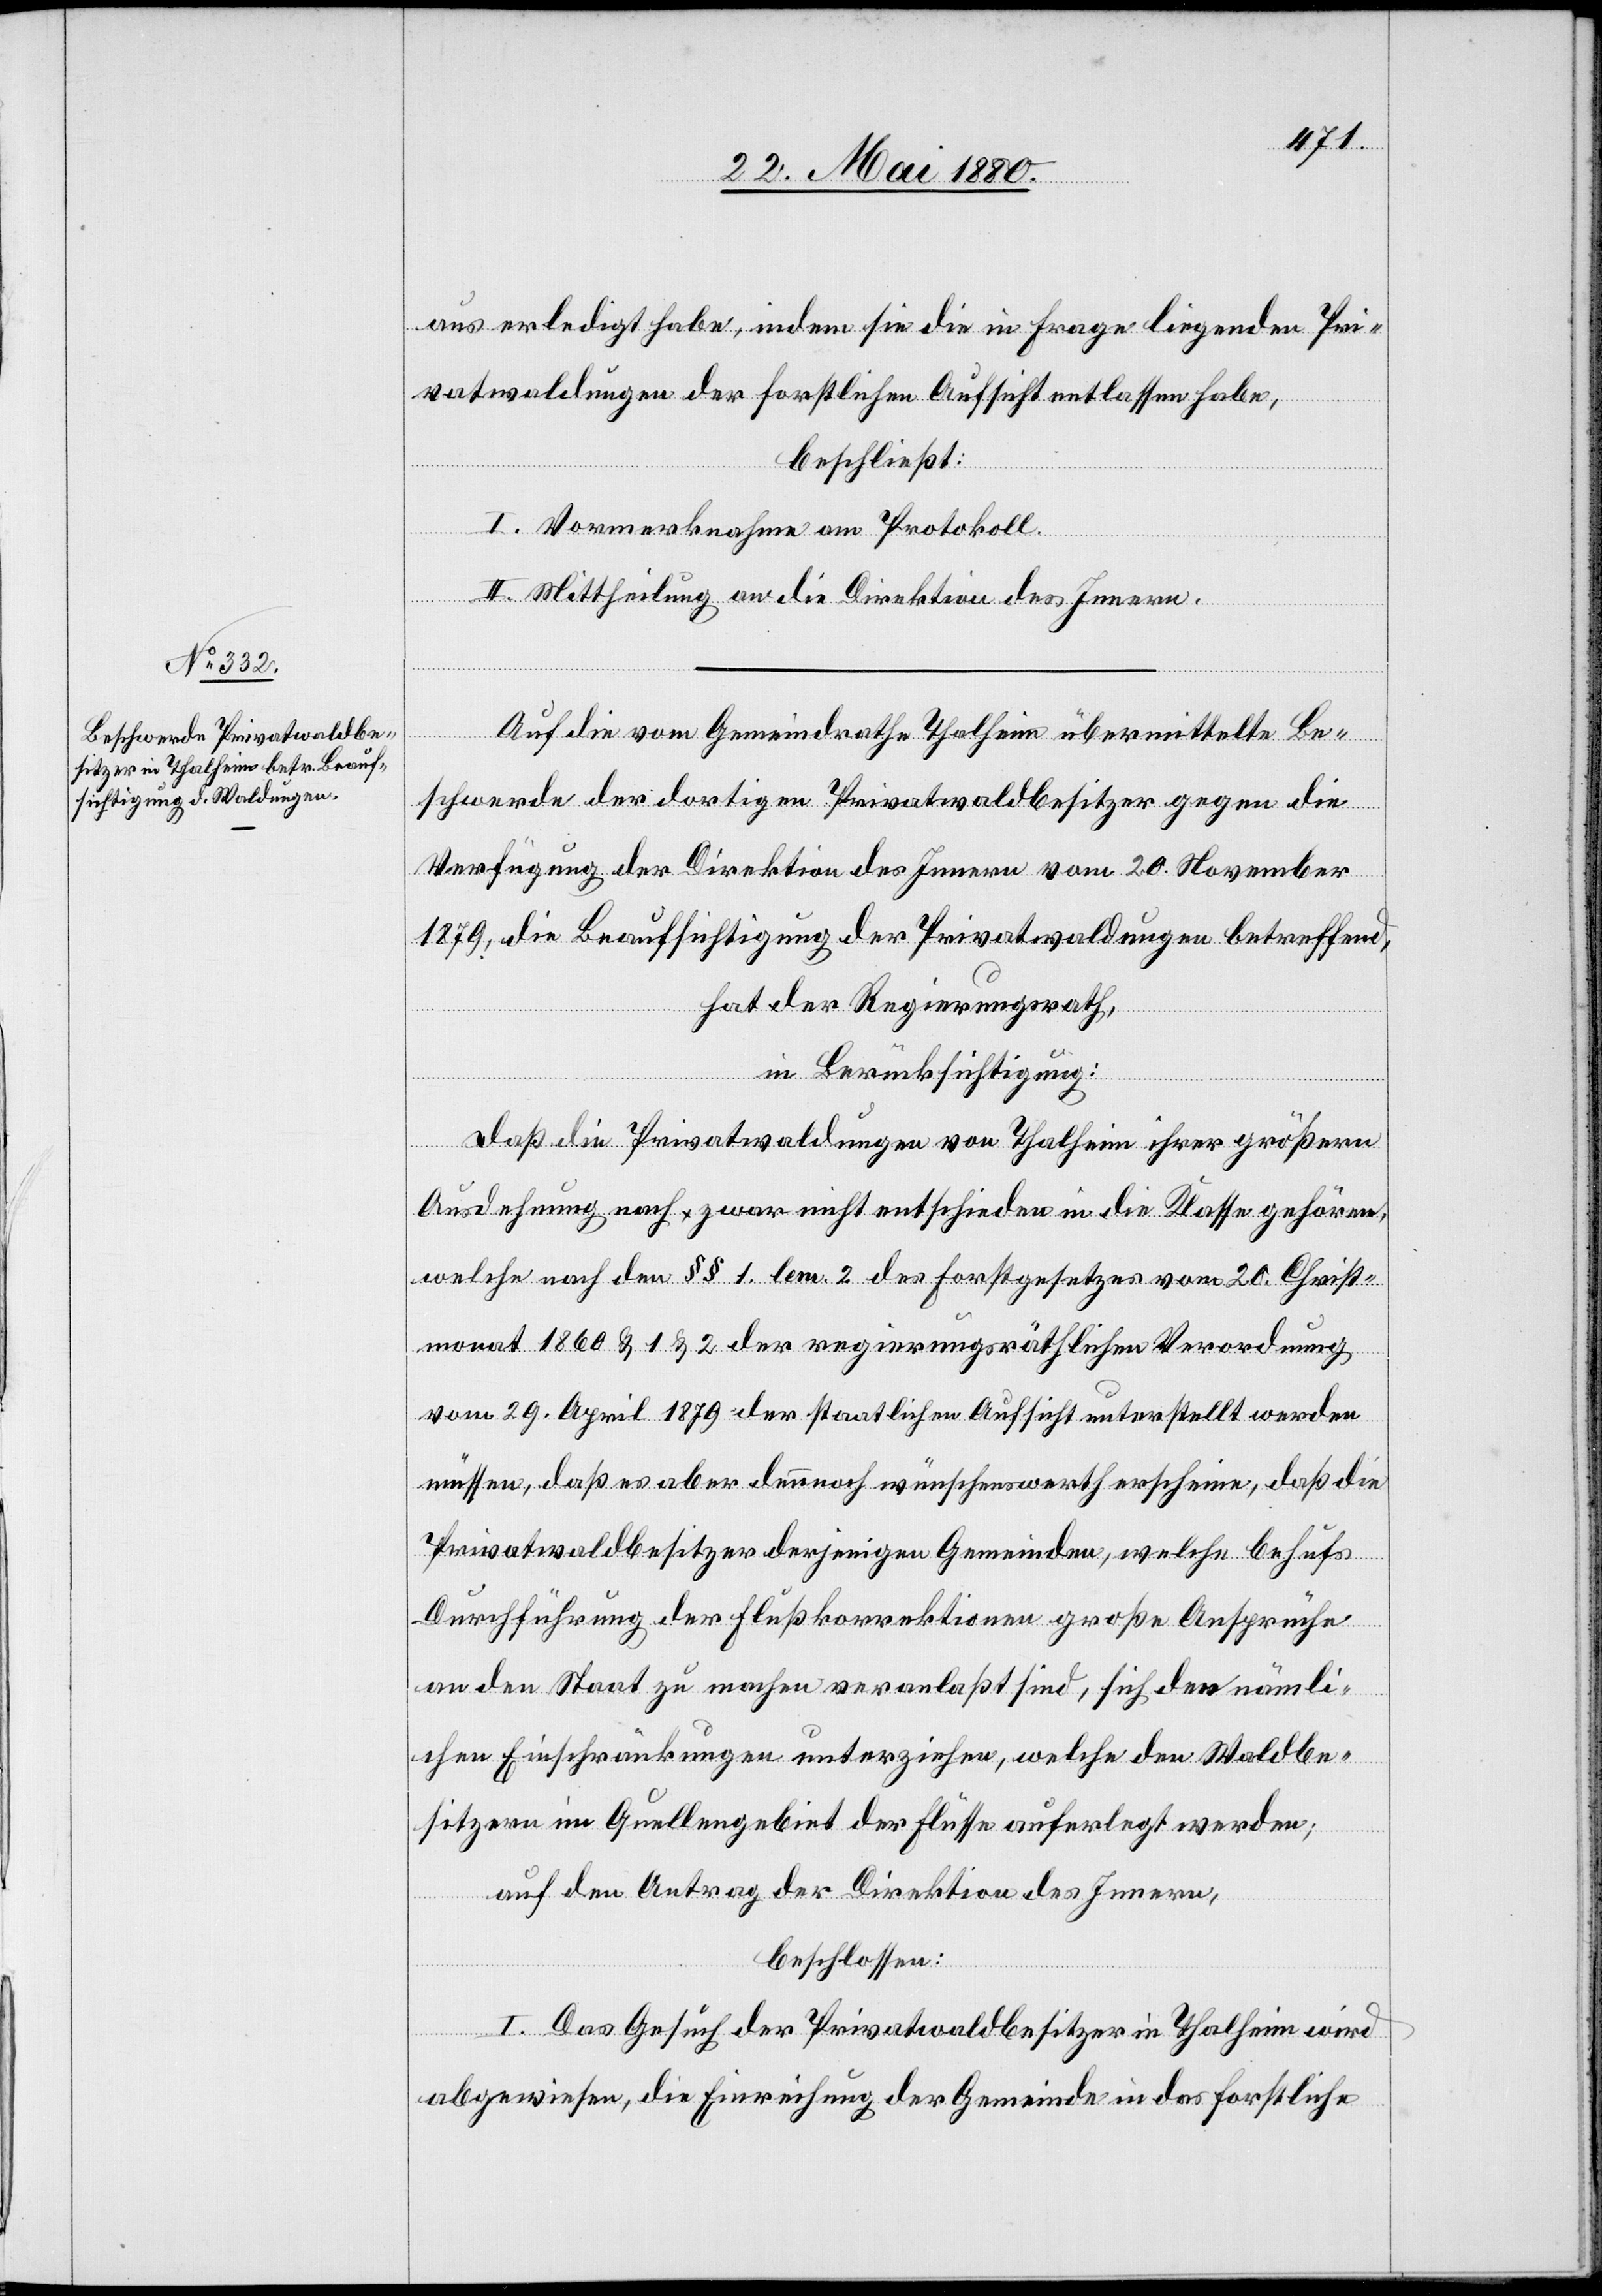
aus erledigt habe, indem sie die in Frage liegenden Pri¬
vatwaldungen der forstlichen Aufsicht entlassen habe,
beschließt:
I. Vormerknahme am Protokoll.
II. Mittheilung an die Direktion des Innern.
Auf die vom Gemeindrathe Thalheim übermittelte Be¬
schwerde der dortigen Privatwaldbesitzer gegen die
Verfügung der Direktion des Innern vom 20. November
1879, die Beaufsichtigung der Privatwaldungen betreffend,
hat der Regierungsrath,
in Berücksichtigung:
Daß die Privatwaldungen von Thalheim ihrer größern
Ausdehnung nach zwar nicht entschieden in die Klasse gehören,
welche nach den §§ 1. lem. 2 des Forstgesetzes vom 20. Christ¬
monat 1860 & 1 & 2 der regierungsräthlichen Verordnung
vom 29. April 1879 der staatlichen Aufsicht unterstellt werden
müssen, daß es aber dennoch wünschenswerth erscheine, daß die
Privatwaldbesitzer derjenigen Gemeinden, welche behufs
Durchführung der Flußkorrektionen große Ansprüche
an den Staat zu machen veranlaßt sind, sich den nämli¬
chen Einschränkungen unterziehen, welche den Waldbe¬
sitzern im Quellengebiet der Flüsse auferlegt werden;
auf den Antrag der Direktion des Innern,
beschlossen:
I. Das Gesuch der Privatwaldbesitzer in Thalheim wird
abgewiesen, die Einreichung der Gemeinde in das forstliche